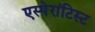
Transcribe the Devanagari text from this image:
एस्पेरांटिस्ट